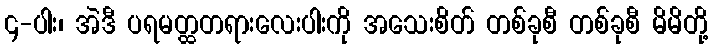
၄-ပါး၊ အဲဒီ ပရမတ္ထတရားလေးပါးကို အသေးစိတ် တစ်ခုစီ တစ်ခုစီ မိမိတို့